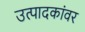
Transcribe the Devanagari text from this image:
उत्पादकांवर